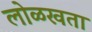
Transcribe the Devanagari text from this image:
लोळखता